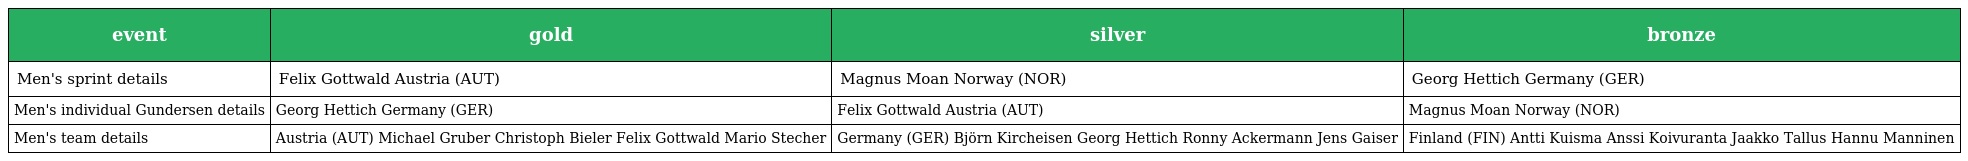
| event | gold | silver | bronze |
 | --- | --- | --- | --- |
 | Men's sprint details | Felix Gottwald Austria (AUT) | Magnus Moan Norway (NOR) | Georg Hettich Germany (GER) |
 | Men's individual Gundersen details | Georg Hettich Germany (GER) | Felix Gottwald Austria (AUT) | Magnus Moan Norway (NOR) |
 | Men's team details | Austria (AUT) Michael Gruber Christoph Bieler Felix Gottwald Mario Stecher | Germany (GER) Björn Kircheisen Georg Hettich Ronny Ackermann Jens Gaiser | Finland (FIN) Antti Kuisma Anssi Koivuranta Jaakko Tallus Hannu Manninen |